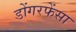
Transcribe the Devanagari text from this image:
डोंगरफेंसा